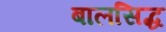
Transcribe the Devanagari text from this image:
बालसिद्ध